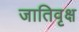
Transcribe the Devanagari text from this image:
जातिवृक्ष